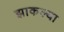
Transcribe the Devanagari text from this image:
झाकल्या